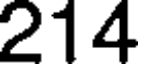
214